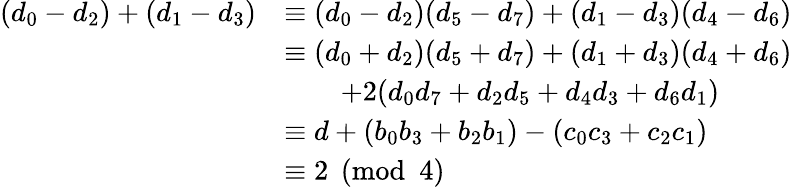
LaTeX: \begin{array}{rl}{(d_{0}-d_{2})+(d_{1}-d_{3})}&{\equiv(d_{0}-d_{2})(d_{5}-d_{7})+(d_{1}-d_{3})(d_{4}-d_{6})}\\ &{\equiv(d_{0}+d_{2})(d_{5}+d_{7})+(d_{1}+d_{3})(d_{4}+d_{6})}\\ &{\qquad+2(d_{0}d_{7}+d_{2}d_{5}+d_{4}d_{3}+d_{6}d_{1})}\\ &{\equiv d+(b_{0}b_{3}+b_{2}b_{1})-(c_{0}c_{3}+c_{2}c_{1})}\\ &{\equiv 2\pmod{4}}\end{array}